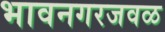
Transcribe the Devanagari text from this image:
भावनगरजवळ